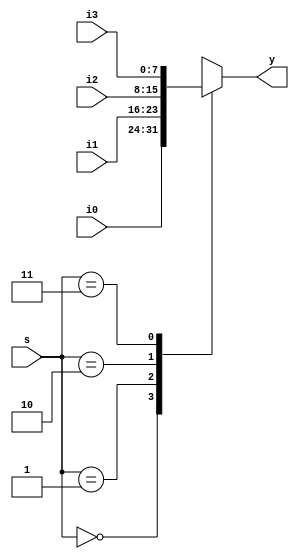
module mux4to1 #(parameter N = 8) (input [N-1:0] i0, i1, i2, i3, input [1:0] s, output reg [N-1:0] y);
    always @(*) begin
        case(s)
            2'b00: y = i0;
            2'b01: y = i1;
            2'b10: y = i2;
            2'b11: y = i3;
    endcase 
    end
endmodule


module q2_a_tb;
reg [7:0] i0, i1, i2, i3; reg [1:0] s;
wire [7:0] y;
mux4to1 #(8) uut (.i0(i0), .i1(i1), .i2(i2), .i3(i3), .s(s), .y(y));
    initial begin
        $dumpfile("mux4to1.vcd");
        $dumpvars(0, q2_a_tb);
        i0 = 8'h00; i1 = 8'h11; i2 = 8'h22; i3 = 8'h33;
        s = 2'b00; #10;
        s = 2'b01; #10;
        s = 2'b10; #10;
        s = 2'b11; #10;
        #1 $finish;
end
    initial begin
$monitor("i0 = %b, i1 = %b, i2 = %b, i3 = %b, s = %b, y = %b", i0, i1, i2, i3, s, y);
    end
endmodule